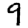
Digit: 9